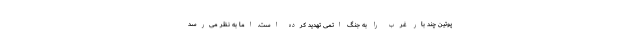
پوتین چند بار غرب را به جنگ اتمی تهدید کرده است. اما به نظر می‌رسد